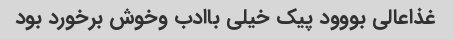
غذاعالی بووود پیک خیلی باادب وخوش برخورد بود